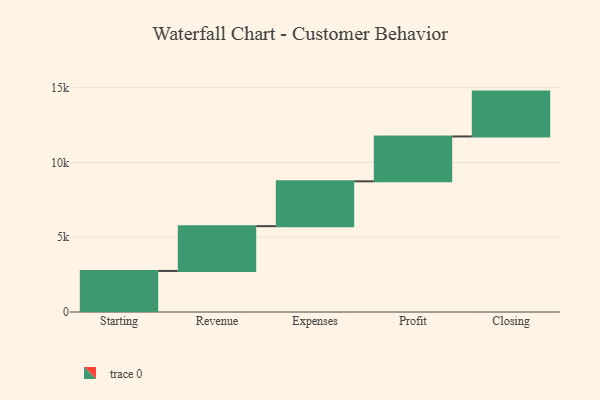
{"axis": {"x": "Step", "y": "Value"}, "legend": [""], "data": [{"x": "Starting", "y": 2747.0, "type": ""}, {"x": "Revenue", "y": 2994.0, "type": ""}, {"x": "Expenses", "y": 3000, "type": ""}, {"x": "Profit", "y": 3000, "type": ""}, {"x": "Closing", "y": 3000, "type": ""}]}